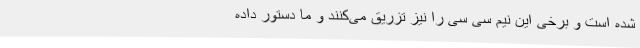
شده است و برخی این نیم سی سی را نیز تزریق می‌کنند و ما دستور داده